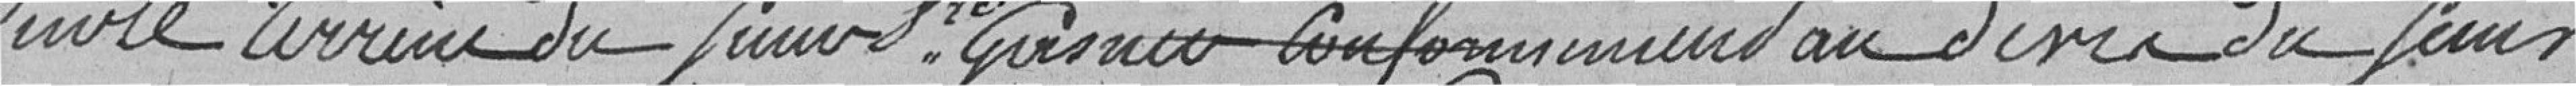
sur le terrain du Sieur "gro" GUINU conformément au dire du Sieur